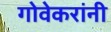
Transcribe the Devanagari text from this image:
गोवेकरांनी